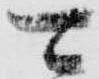
可